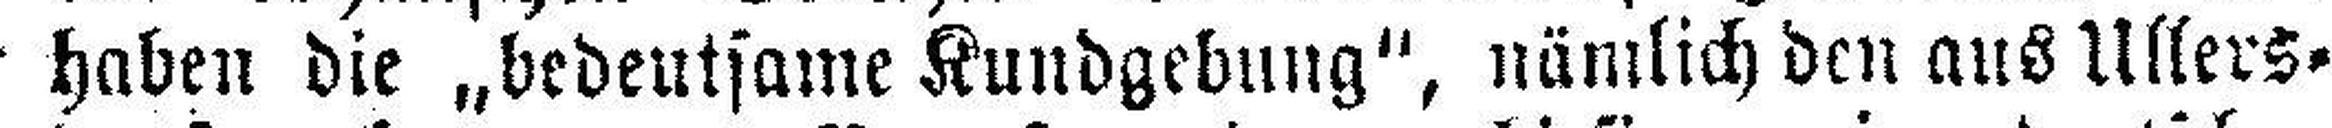
haben die „bedeutsame Kundgebung“, nämlich den aus Ullers¬